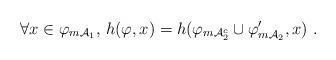
LaTeX: \begin{align*}\forall x \in \varphi_{m\mathcal{A}_{1}} , \, h(\varphi,x) = h(\varphi_{m\mathcal{A}_{2}^{c}} \cup \varphi'_{m\mathcal{A}_{2}},x) ~.\end{align*}